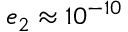
e _ { 2 } \approx 1 0 ^ { - 1 0 }